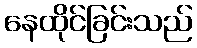
နေထိုင်ခြင်းသည်